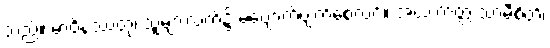
သည်။ မာဝိနဿတု၊ သူများလက်၌ မပျောက်ပျက်စေလင့်။ အယံ တတ္ထ သာမီစိတိ၊